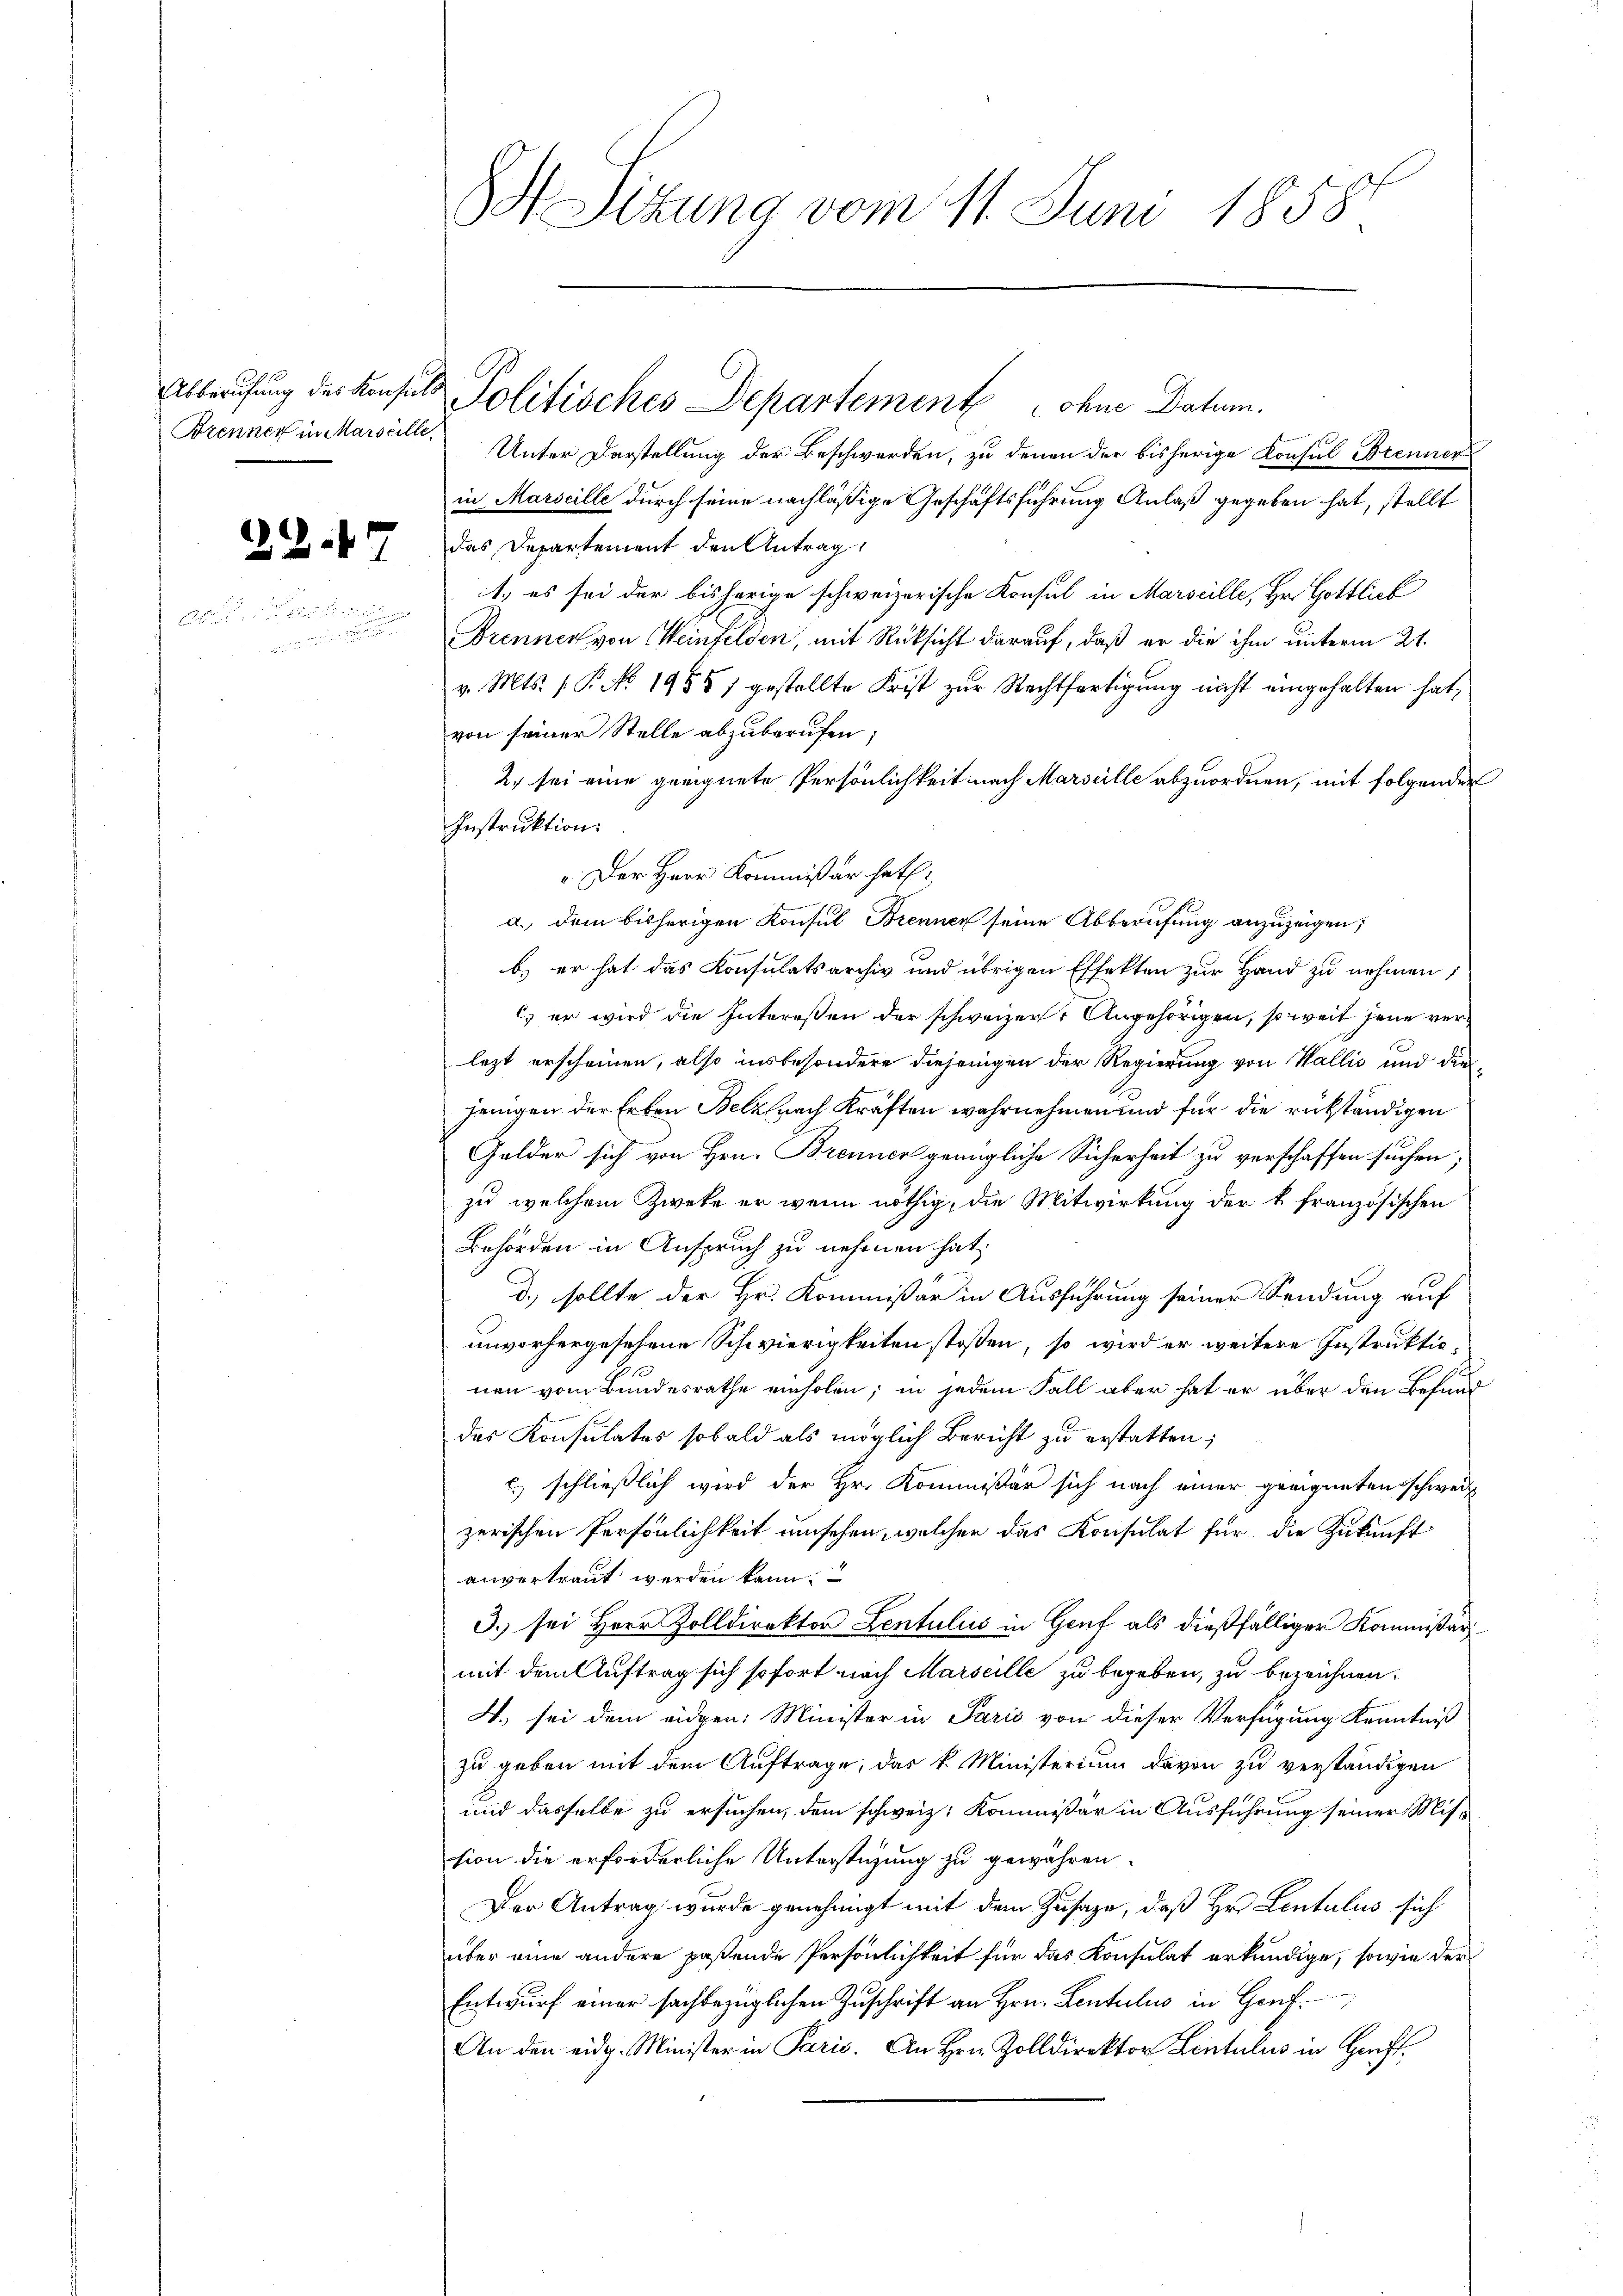
Brenner in Marseille,

menen

Unter Darstellung der Beschwerden, zu denen der bisherige Konsul Brenner
in Marseille durch seine nachläßige Geschäftsführung Anlaß gegeben hat, stellt
7 das Departement den Antrag,
1.) es sei der bisherige schweizerische Konsul in Marscille, Hr. Gottlich
Brennen von Weinfelden, mit Rücksicht darauf, daß er die ihm unterm 21.
v. Mts. 1. P. No. 1955) gestellte Frist zur Rechtfertigung nicht eingehalten hat,
von seiner Stelle abzuberufen;
2. sei eine geeignete Persönlichkeit nach Marseille abzuordnen, mit folgender
Instruktion.
„Der Herr Kommißär hat.
a.) dem bisherigen Konsul Brenner seine Abberufung anzuzeigen;
b.) er hat das Konsulatsarchiv und übrigen Effekten zur Hand zu nehmen;
c. er wird die Intereßen der schweizer Angehörigen, so weit jene verlezt erscheinen, also insbesondere diejenigen der Regierung von Wallis und diesjenigen der Erben Belznach Kräften wahrnehmen und für die rükständigen
Gelder sich von Hrn. Brenner genügliche Sicherheit zu verschaffen suchen;
zu welchem Zweke er wenn nöthig, die Mitwirkung der k. französischen
Behörden in Anspruch zu nehmen hat;
d. sollte der Hr. Kommißär in Ausführung seiner Sendung auf
unvorhergesehene Schwierigkeiten stossen, so wird er weitere Instruktionen vom Bundesrathe einholen; in jedem Fall aber hat er über den Befund
des Konsulates sobald als möglich Bericht zu erstatten;
c.) schließlich wird der Hr. Kommissär sich nach einer geeigneten schweiz
zerischen Persönlichkeit umsehen, welcher das Konsulat für die Zukunft
anvertraut werden kann.
3.) sei Herr Zolldirektor Lentulus in Genf als dießfälliger Kommissär
mit dem Auftrag sich sofort nach Marseille zu begeben, zu bezeichnen.
4. sei dem eidgen: Minister in Paris von dieser Verfügung Kenntniß
zu geben mit dem Auftrage, das k. Ministerium davon zu verständigen
und dasselbe zu ersuchen, dem schweiz. Kommissär in Ausführung seiner Mission die erforderliche Unterstüzung zu gewähren.
Der Antrag wurde genehmigt mit dem Zusage, daß Hr. Lentulus sich
über eine andere paßende Persönlichkeit für das Konsulat erkundige, sowie der
Entwurf einer sachbezüglichen Zuschrift an Hrn. Lentulus in Genf¬
An den eidg. Minister in Paris. An Hrn. Zolldirektor Lentulus in Hanft¬

S Sizung vom 11. Juni 1858

Abberufung des Konsuls Politisches Departement ohne Datum.